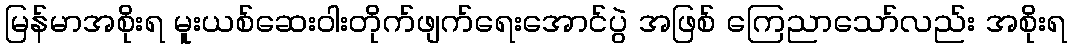
မြန်မာအစိုးရ မူးယစ်ဆေးဝါးတိုက်ဖျက်ရေးအောင်ပွဲ အဖြစ် ကြေညာသော်လည်း အစိုးရ